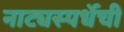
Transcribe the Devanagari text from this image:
नाट्यस्पर्धेची